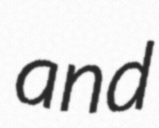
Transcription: and